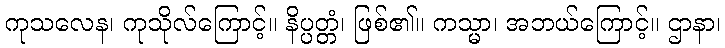
ကုသလေန၊ ကုသိုလ်ကြောင့်။ နိပ္ပတ္တံ၊ ဖြစ်၏။ ကသ္မာ၊ အဘယ်ကြောင့်။ ဌာနာ၊